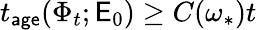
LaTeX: t_{\mathsf{age}}(\Phi_{t};\mathsf{E}_{0})\geq C(\omega_{*})t